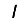
Digit: 1